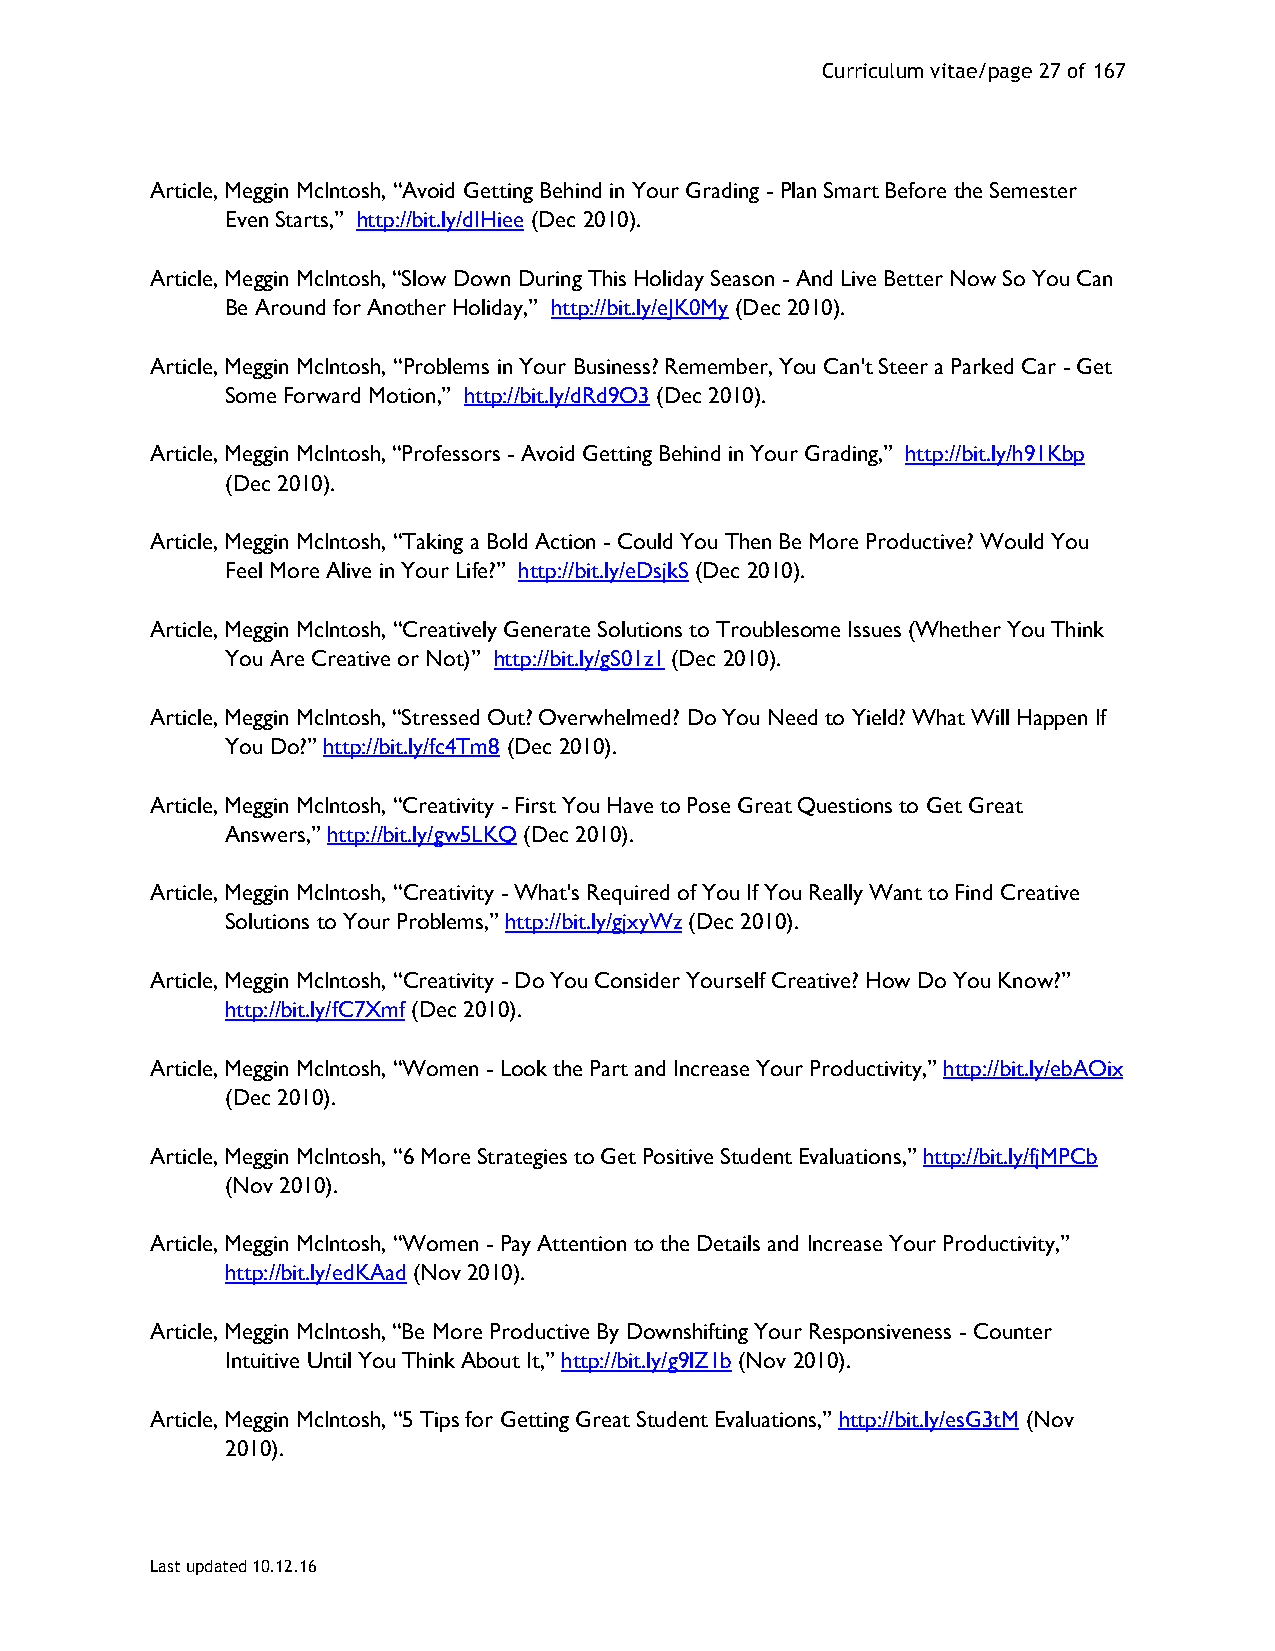
Curriculum vitae/page 27 of 167
 Article, Meggin McIntosh, “Avoid Getting Behind in Your Grading - Plan Smart Before the Semester
 Even Starts,” http://bit.ly/dIHiee (Dec 2010).
 Article, Meggin McIntosh, “Slow Down During This Holiday Season - And Live Better Now So You Can
 Be Around for Another Holiday,” http://bit.ly/eJK0My (Dec 2010).
 Article, Meggin McIntosh, “Problems in Your Business? Remember, You Can't Steer a Parked Car - Get
 Some Forward Motion,” http://bit.ly/dRd9O3 (Dec 2010).
 Article, Meggin McIntosh, “Professors - Avoid Getting Behind in Your Grading,” http://bit.ly/h91Kbp
 (Dec 2010).
 Article, Meggin McIntosh, “Taking a Bold Action - Could You Then Be More Productive? Would You
 Feel More Alive in Your Life?” http://bit.ly/eDsjkS (Dec 2010).
 Article, Meggin McIntosh, “Creatively Generate Solutions to Troublesome Issues (Whether You Think
 You Are Creative or Not)” http://bit.ly/gS01z1 (Dec 2010).
 Article, Meggin McIntosh, “Stressed Out? Overwhelmed? Do You Need to Yield? What Will Happen If
 You Do?” http://bit.ly/fc4Tm8 (Dec 2010).
 Article, Meggin McIntosh, “Creativity - First You Have to Pose Great Questions to Get Great
 Answers,” http://bit.ly/gw5LKQ (Dec 2010).
 Article, Meggin McIntosh, “Creativity - What's Required of You If You Really Want to Find Creative
 Solutions to Your Problems,” http://bit.ly/gjxyWz (Dec 2010).
 Article, Meggin McIntosh, “Creativity - Do You Consider Yourself Creative? How Do You Know?”
 http://bit.ly/fC7Xmf (Dec 2010).
 Article, Meggin McIntosh, “Women - Look the Part and Increase Your Productivity,” http://bit.ly/ebAOix
 (Dec 2010).
 Article, Meggin McIntosh, “6 More Strategies to Get Positive Student Evaluations,” http://bit.ly/fjMPCb
 (Nov 2010).
 Article, Meggin McIntosh, “Women - Pay Attention to the Details and Increase Your Productivity,”
 http://bit.ly/edKAad (Nov 2010).
 Article, Meggin McIntosh, “Be More Productive By Downshifting Your Responsiveness - Counter
 Intuitive Until You Think About It,” http://bit.ly/g9lZ1b (Nov 2010).
 Article, Meggin McIntosh, “5 Tips for Getting Great Student Evaluations,” http://bit.ly/esG3tM (Nov
 2010).
 Last updated 10.12.16